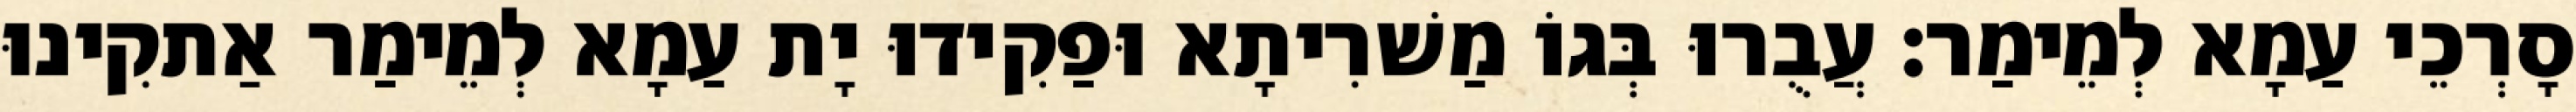
סָרְכֵי עַמָא לְמֵימַר׃ עֲבֻרוּ בְּגוֹ מַשׁרִיתָא וּפַקִידוּ יָת עַמָא לְמֵימַר אַתקִינוּ